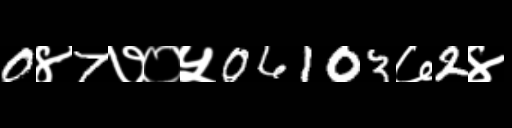
Text: 0४7७०५06103७2४